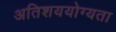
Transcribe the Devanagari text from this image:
अतिशययोग्यता